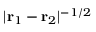
| { \bf r } _ { 1 } - { \bf r } _ { 2 } | ^ { - 1 / 2 }